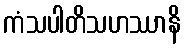
ကံသပါတိသဟဿာနိ